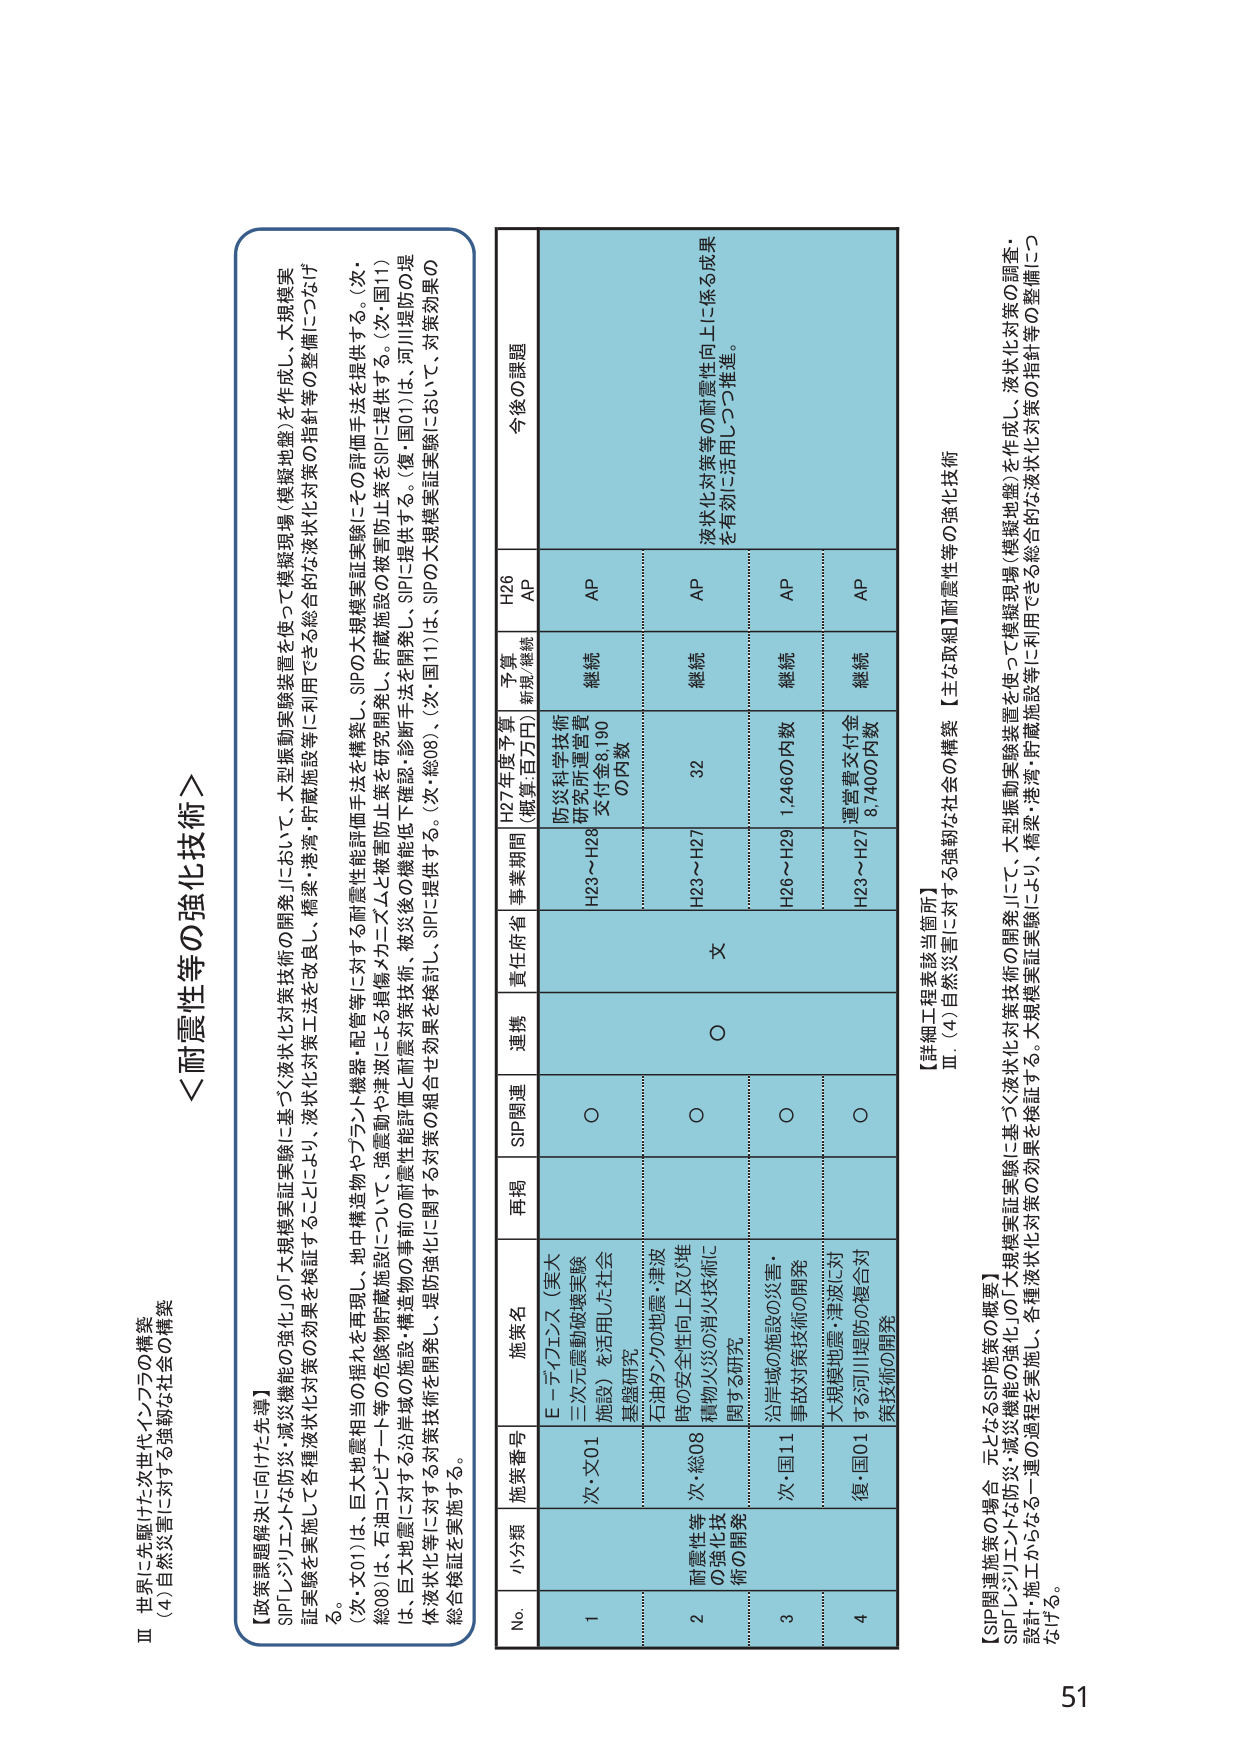
Ⅲ 世界に先駆けた次世代インフラの構築
（4）自然災害に対する強靭な社会の構築

＜耐震性等の強化技術＞

【政策課題解決に向けた先導】
SIP「レジリエントな防災・減災機能の強化」の「大規模実証実験」に基づく液状化対策技術の開発Ⅱにおいて、大規模振動実験装置を使って模擬現場（模擬地盤）を作成し、大規模実証実験を実施して各種液状化対策の効果を検証することにより、液状化対策工法を改良し、橋梁・港湾・貯蔵施設等に利用できる総合的な液状化対策の指針等の整備につなげる。
（次・文01）は、巨大地震相当の揺れを再現し、地中構造物やプラント機器・配管等に対する耐震性能評価手法を構築し、SIPの大規模実証実験にその評価手法を提供する。（次・総08）は、石油コンビナート等の危険物貯蔵施設について、強震動や津波による損傷メカニズムと被害防止策を研究開発し、貯蔵施設の被害防止策をSIPに提供する。（次・国11）は、巨大地震に対する沿岸域の施設・構造物の耐震性能評価と耐震対策技術、被災後の機能低下確認・診断手法を開発し、SIPに提供する。（復・国01）は、河川堤防の堤体液状化等に対する対策技術を開発し、堤防強化に関する対策の組合せ効果を検討し、SIPに提供する。（次・総08）、（次・国11）は、SIPの大規模実証実験において、対策効果の総合検証を実施する。

No. 小分類 施策番号 施策名 再掲 SIP関連 連携 責任府省 事業期間 H27年度予算（概算当局） 予算 新規/継続 H26 AP 今後の課題
1 三元震動破壊実験施設）を活用した社会基盤研究 次・文01 E－ディフェンス（東大） ○ 防災科学技術研究所運営費交付金8,190の内数 H23～H28 継続 AP
2 耐震性等の強化技術の開発 次・総08 石油タンクの地震・津波時の安全性向上及び堆積物火災の消火技術に関する研究 ○ 文 H23～H27 32 継続 AP 液状化対策等の耐震性向上に係る成果を有効に活用しつつ推進。
3 沿岸域の施設の災害・事故対策技術の開発 次・国11 ○ H26～H29 1,2460内数 継続 AP
4 大規模地盤・津波に対する河川堤防の複合対策技術の開発 復・国01 ○ H23～H27 運営費交付金8,7400内数 継続 AP

【詳細工程表該当箇所】
Ⅲ．（4）自然災害に対する強靭な社会の構築 【主な取組】耐震性等の強化技術

【SIP関連施策の場合 元となるSIP施策の概要】
SIP「レジリエントな防災・減災機能の強化」の「大規模実証実験」に基づく液状化対策技術の開発Ⅱにて、大規模振動実験装置を使って模擬現場（模擬地盤）を作成し、液状化対策の調査・設計・施工からなる一連の過程を実施し、各種液状化対策の効果を検証する。大規模実証実験により、橋梁・港湾・貯蔵施設等に利用できる総合的な液状化対策の指針等の整備につなげる。

51